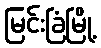
မြင်းခြံမြို့